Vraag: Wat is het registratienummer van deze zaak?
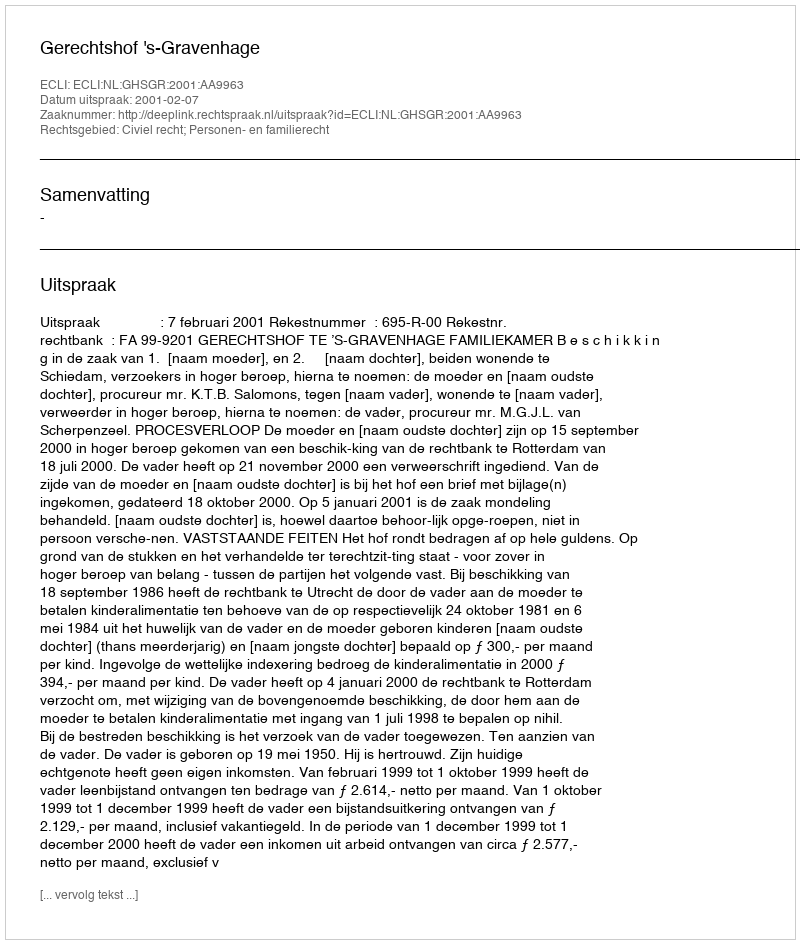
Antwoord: http://deeplink.rechtspraak.nl/uitspraak?id=ECLI:NL:GHSGR:2001:AA9963